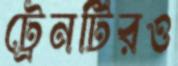
ট্রেনটিরও